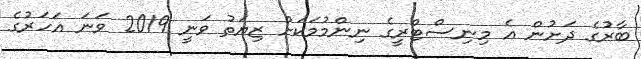
ބާރުގެ ދަށުން އެ މިނިސްޓްރީގެ ނިންމުމަކަށް ޒިޔަތު ވަނީ 2019 ވަނަ އަހަރުގެ